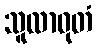
သူလာဝုတံ